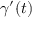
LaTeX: \gamma ^ { \prime } ( t )